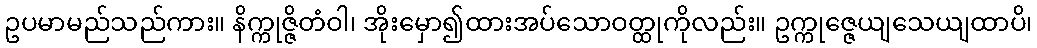
ဥပမာမည်သည်ကား။ နိက္ကုဇ္ဇိတံဝါ၊ အိုးမှော၍ထားအပ်သောဝတ္ထုကိုလည်း။ ဥက္ကုဇ္ဇေယျသေယျထာပိ၊